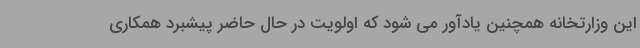
این وزارتخانه همچنین یادآور می شود که اولویت در حال حاضر پیشبرد همکاری